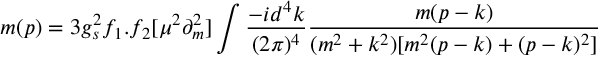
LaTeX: m ( p ) = 3 g _ { s } ^ { 2 } f _ { 1 } . f _ { 2 } [ \mu ^ { 2 } \partial _ { m } ^ { 2 } ] \int \frac { - i d ^ { 4 } k } { ( 2 \pi ) ^ { 4 } } \frac { m ( p - k ) } { ( m ^ { 2 } + k ^ { 2 } ) [ m ^ { 2 } ( p - k ) + ( p - k ) ^ { 2 } ] }